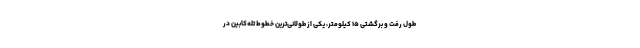
طول رفت و برگشتی ۱۵ کیلومتر، یکی از طولانی‌ترین خطوط تله‌کابین در